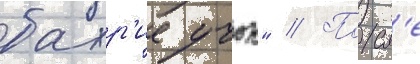
бахр'ие учок" // Посл'е